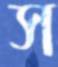
স